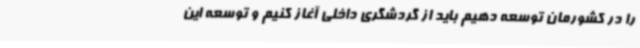
را در کشورمان توسعه دهیم باید از گردشگری داخلی آغاز کنیم و توسعه این